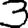
Digit: 3